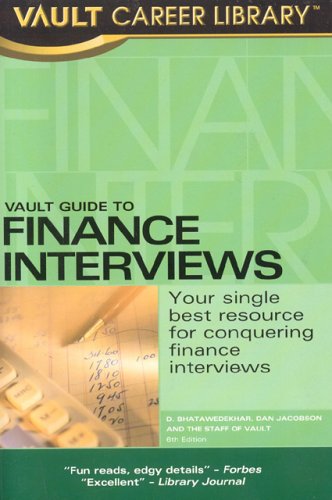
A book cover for Vault Guide to Finance Interviews (Vault Career Library); D. Bhatawedekhar; Business & Money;